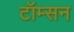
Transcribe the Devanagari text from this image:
टॉम्सन